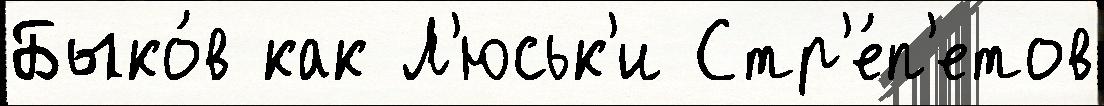
Быко́в как Л'юськ'и Стр'е́п'етов